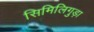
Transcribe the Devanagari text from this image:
सिमिलिगुड़ा